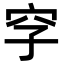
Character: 𥤪